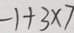
- 1 + 3 \times 7